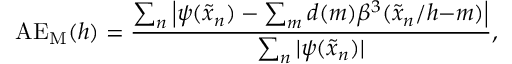
\mathrm { A E _ { M } } ( h ) = \frac { \sum _ { n } \left| \psi ( \tilde { x } _ { n } ) - \sum _ { m } d ( m ) \beta ^ { 3 } ( \tilde { x } _ { n } / h { - } m ) \right| } { \sum _ { n } | \psi ( \tilde { x } _ { n } ) | } ,